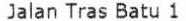
JALAN TRAS BATU 1